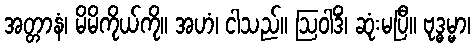
အတ္တာနံ၊ မိမိကိုယ်ကို။ အဟံ၊ ငါသည်။ ဩဝါဒိံ၊ ဆုံးမပြီ။ ဗုဒ္ဓမ္မာ၊